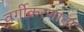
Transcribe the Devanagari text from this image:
वर्गीकरणावर